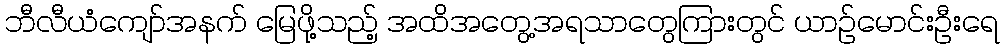
ဘီလီယံကျော်အနက် မြေဖို့သည့် အထိအတွေ့အရသာတွေကြားတွင် ယာဉ်မောင်းဦးရေ